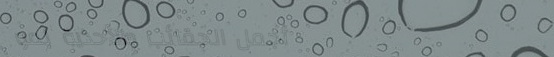
أجمل الحقائب والأحذية لمو